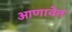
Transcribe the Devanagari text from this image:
आणावेत